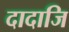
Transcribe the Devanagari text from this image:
दादाजि